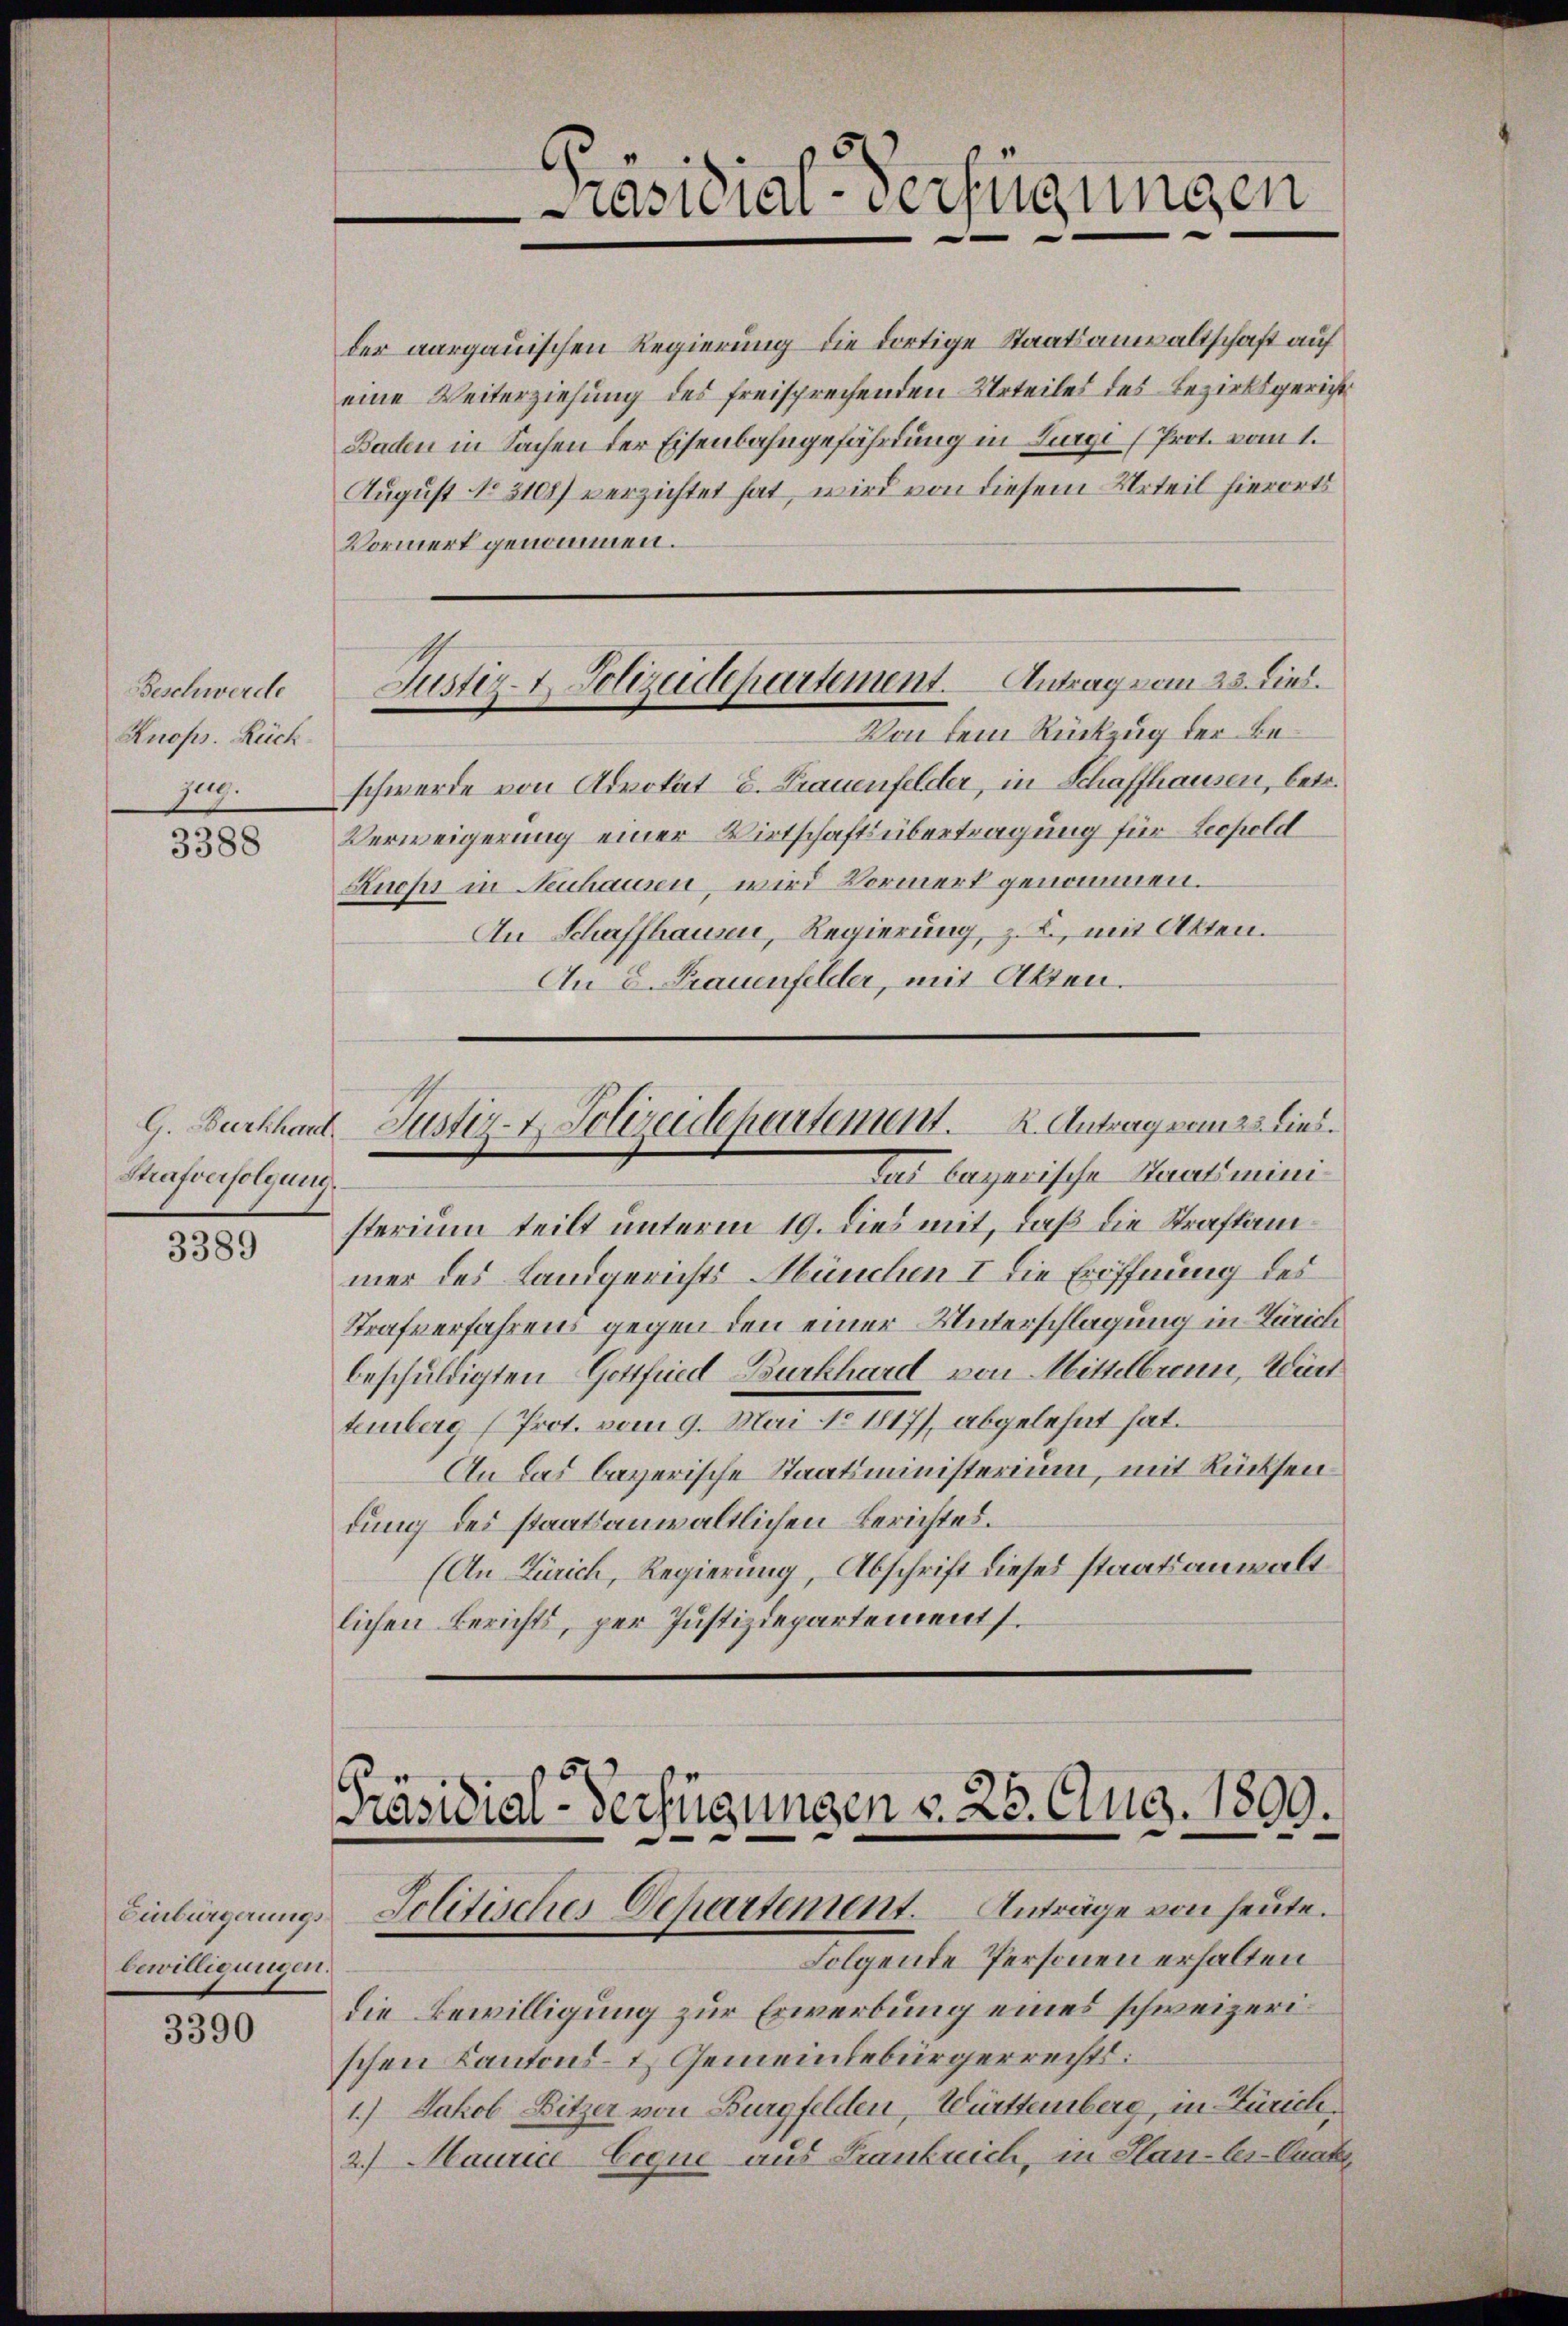
Beschwerde
Rnops. Rück
Zug.

3388

Strafverfolgung

3389

Einbürgerungs
bewilligungen.

3390

e
Prasilien verfügungen
e

der aargauischen Regierung die dortige Staatsanwaltschaft auf
eine Weiterziehung des freisprechenden Urteiles des Bezirksgericht
Baden in Sachen der Eisenbahngefährdung in Zurgi (Prot. vom 1.
August No. 3108) verzichtet hat, wird von diesem Urteil hierorts
Vormerk genommen.
schwerde von Advokat C. Frauenfelder, in Schaffhausen, betr.
Verweigerung einer Wirtschaftsübertragung für Leopold
Knopi in Neuhausen, wird Vormerk genommen.
An Schaffhausen, Regierung, z. B., mit Atten.
An E. Frauenfelder, mit Akten.
G. Burkhard Justiz- & Polizeidepartement. K. Antrag vom 23. Lies.
Das bayerische Laatsministerium teilt unterm 19. dies mit, daß die Straftammer des Landgerichts-München I die Eröffnung des
Strafverfahrens gegen den einer Unterschlagung in Zürich
beschuldigten Gottfried Burkhard von Mittelbronn, Würt
temberg (Prot. vom 9. Mai No 1817), abgelehnt hat.
An das bayerische Staatsministerium, mit Rücksendung des staatsanwaltlichen Berichtes.
(An Zürich, Regierung, Abschrift dieses staatsanwalt
lichen Berichts, per Justizdepartements.

Justiz- & Polizeidepartement. Antrag vom 23. Linz.
Von dem Rückzug der Be¬

Präsidial-Verfügungen v. 25. Aug. 1809.
Jolitisches Departement. Anträge von heute.

Folgende Personen erhalten
die Bewilligung zur Erwerbung eines schweizerischen Kantons- & Gemeindebürgerrechts:
1.) Jakob Sitzer von Burgfelden, Württemberg, in Zürich,
2.) Maurice Coque aus Graubrich, in Hau-ler-Cuat